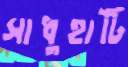
সাধুহাটি